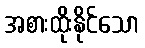
အစားထိုးနိုင်သော